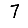
Digit: 7